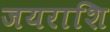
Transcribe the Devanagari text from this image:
जयराशि